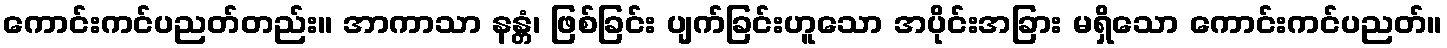
ကောင်းကင်ပညတ်တည်း။ အာကာသာ နန္တံ၊ ဖြစ်ခြင်း ပျက်ခြင်းဟူသော အပိုင်းအခြား မရှိသော ကောင်းကင်ပညတ်။